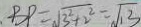
B P = \sqrt { 3 ^ { 2 } + 2 ^ { 2 } } = \sqrt { 1 3 }